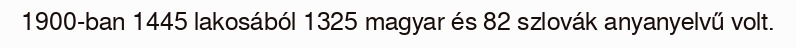
1900-ban 1445 lakosából 1325 magyar és 82 szlovák anyanyelvű volt.